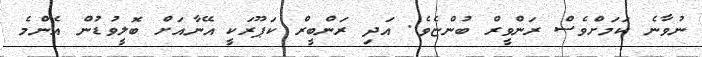
ނުވާނެ ކަމަށްވެސް ރަންވީރް ބުންޏެވެ. އަދި ރަންބީރް ކަޕޫރަކީ އޭނާއަށް ބޮލީވުޑުން އެންމެ